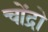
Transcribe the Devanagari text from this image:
चोंद्रो